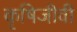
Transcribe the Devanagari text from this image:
कृषिजीवी